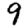
Digit: 9